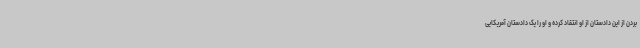
بردن از این دادستان از او انتقاد کرده و او را یک دادستان آمریکایی